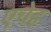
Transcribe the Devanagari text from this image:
एचेह